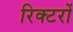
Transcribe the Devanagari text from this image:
रिक्टरों